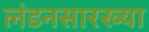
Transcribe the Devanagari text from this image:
लंडनसारख्या